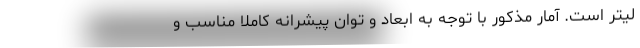
لیتر است. آمار مذکور با توجه به ابعاد و توان پیشرانه کاملا مناسب و